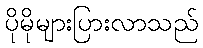
ပိုမိုများပြားလာသည်